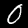
Label: 0